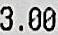
3.00